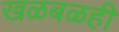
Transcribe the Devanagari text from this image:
खळबळही